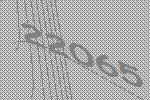
22065